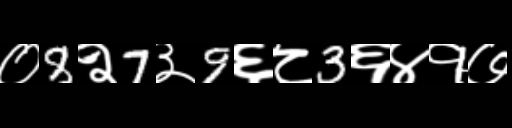
Text: ०8२7३9६८3६४१७